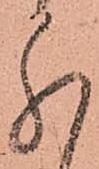
分